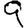
Digit: 9